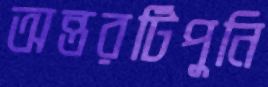
অন্তরটিপুনি